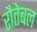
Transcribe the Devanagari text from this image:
रौतेबल